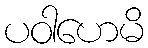
ပဝါဟေမိ